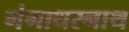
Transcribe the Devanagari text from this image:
गंगाधरनाथ